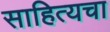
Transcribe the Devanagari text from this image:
साहित्यचा